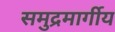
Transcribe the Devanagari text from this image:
समुद्रमार्गीय